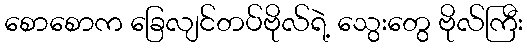
စောစောက ခြေလျင်တပ်ဗိုလ်ရဲ့ သွေးတွေ ဗိုလ်ကြီး